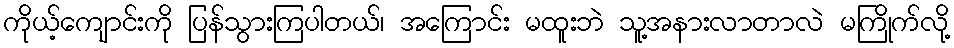
ကိုယ့်ကျောင်းကို ပြန်သွားကြပါတယ်၊ အကြောင်း မထူးဘဲ သူ့အနားလာတာလဲ မကြိုက်လို့